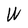
Character: W